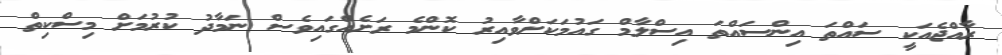
ރާއްޖެއަކީ ސައްތަ އިންސައްތަ އިސްލާމް ގައުމަކަށްވާއިރު ކޮންމެ ރަށެއްގައިވެސް ނަމާދު ކުރުމަށް މިސްކިތް